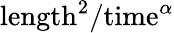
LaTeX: \mathrm{length}^{2}/\mathrm{time}^{\alpha}